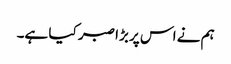
ہم نے اس پر بڑا صبر کیا ہے۔